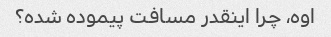
اوه، چرا اینقدر مسافت پیموده شده؟